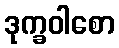
ဒုက္ခဝါစော